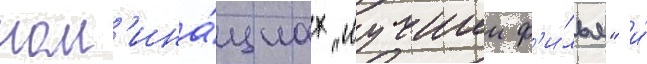
ном'ина́циах "лучшии ф'и́льм" и́